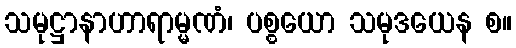
သမုဋ္ဌာနာဟာရာမ္မဏံ၊ ပစ္စယော သမုဒယေန စ။